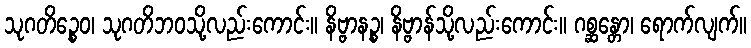
သုဂတိဉ္စေဝ၊ သုဂတိဘဝသို့လည်းကောင်း။ နိဗ္ဗာနဉ္စ၊ နိဗ္ဗာန်သို့လည်းကောင်း။ ဂစ္ဆန္တော၊ ရောက်လျက်။